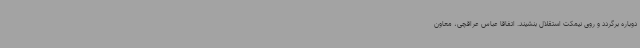
دوباره برگردد و روی نیمکت استقلال بنشیند. اتفاقا عباس عراقچی، معاون